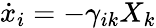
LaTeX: {\dot{x}}_{i}=-\gamma_{ik}X_{k}